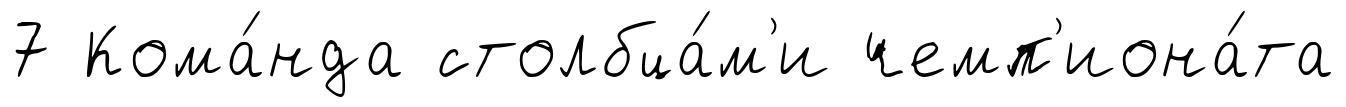
7 Кома́нда столбца́м'и чемп'иона́та